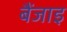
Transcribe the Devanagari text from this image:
बैंजाइ